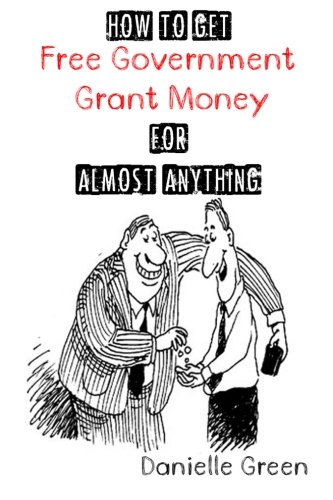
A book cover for How to Get FREE Government Grant Money for Almost Anything: How to get free government grants and money; Danielle Green; Business & Money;